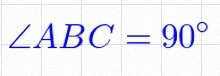
\angle ABC=90^\circ